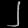
Digit: ၂